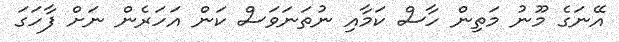
އޭނަގެ މޫނު މަތިން ހާސް ކަމާއި ނުތަނަވަސް ކަން އަހަރެން ނަށް ފާހަގަ